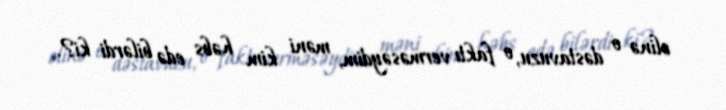
əlinə o dəstavuzu, o faktı verməsəydim, məni kim həbs edə bilərdi ki?.